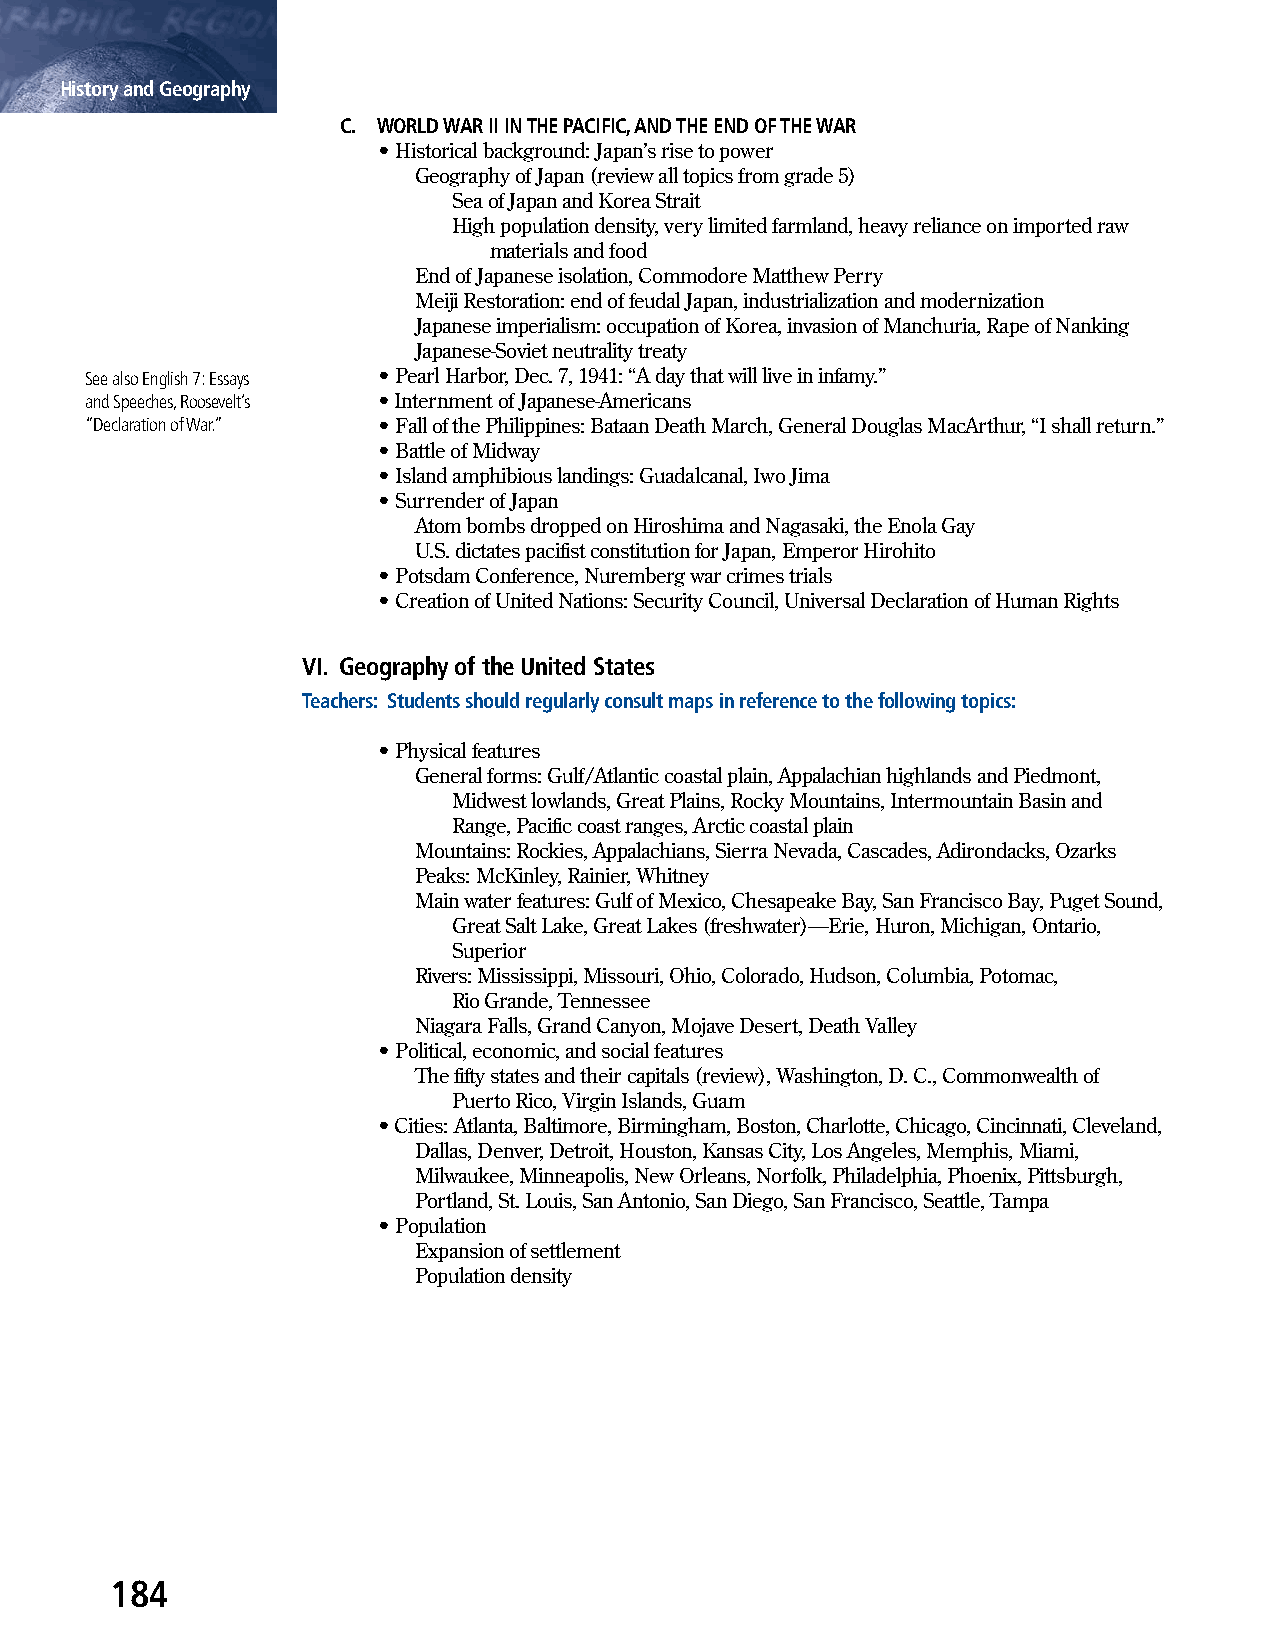
History and Geography
 C. WORLD WAR II IN THE PACIFIC, AND THE END OF THE WAR
 • Historical background: Japan’s rise to power
 Geography of Japan (review all topics from grade 5)
 Sea of Japan and Korea Strait
 High population density, very limited farmland, heavy reliance on imported raw
 materials and food
 End of Japanese isolation, Commodore Matthew Perry
 Meiji Restoration: end of feudal Japan, industrialization and modernization
 Japanese imperialism: occupation of Korea, invasion of Manchuria, Rape of Nanking
 Japanese-Soviet neutrality treaty
 See also English 7: Essays • Pearl Harbor, Dec. 7, 1941: “A day that will live in infamy.”
 and Speeches, Roosevelt’s • Internment of Japanese-Americans
 “Declaration of War.” • Fall of the Philippines: Bataan Death March, General Douglas MacArthur, “I shall return.”
 • Battle of Midway
 • Island amphibious landings: Guadalcanal, Iwo Jima
 • Surrender of Japan
 Atom bombs dropped on Hiroshima and Nagasaki, the Enola Gay
 U.S. dictates pacifist constitution for Japan, Emperor Hirohito
 • Potsdam Conference, Nuremberg war crimes trials
 • Creation of United Nations: Security Council, Universal Declaration of Human Rights
 VI. Geography of the United States
 Teachers: Students should regularly consult maps in reference to the following topics:
 • Physical features
 General forms: Gulf/Atlantic coastal plain, Appalachian highlands and Piedmont,
 Midwest lowlands, Great Plains, Rocky Mountains, Intermountain Basin and
 Range, Pacific coast ranges, Arctic coastal plain
 Mountains: Rockies, Appalachians, Sierra Nevada, Cascades, Adirondacks, Ozarks
 Peaks: McKinley, Rainier, Whitney
 Main water features: Gulf of Mexico, Chesapeake Bay, San Francisco Bay, Puget Sound,
 Great Salt Lake, Great Lakes (freshwater)—Erie, Huron, Michigan, Ontario,
 Superior
 Rivers: Mississippi, Missouri, Ohio, Colorado, Hudson, Columbia, Potomac,
 Rio Grande, Tennessee
 Niagara Falls, Grand Canyon, Mojave Desert, Death Valley
 • Political, economic, and social features
 The fifty states and their capitals (review), Washington, D. C., Commonwealth of
 Puerto Rico, Virgin Islands, Guam
 • Cities: Atlanta, Baltimore, Birmingham, Boston, Charlotte, Chicago, Cincinnati, Cleveland,
 Dallas, Denver, Detroit, Houston, Kansas City, Los Angeles, Memphis, Miami,
 Milwaukee, Minneapolis, New Orleans, Norfolk, Philadelphia, Phoenix, Pittsburgh,
 Portland, St. Louis, San Antonio, San Diego, San Francisco, Seattle, Tampa
 • Population
 Expansion of settlement
 Population density
 184